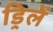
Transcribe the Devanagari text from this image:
ड्रिलें